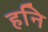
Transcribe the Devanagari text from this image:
हनि